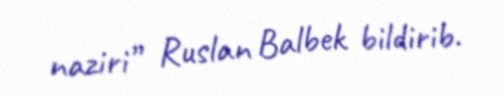
naziri” Ruslan Balbek bildirib.